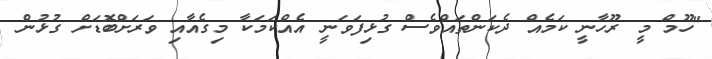
"ހޫމް މީ ރޫހާނީ ކަމެއް ދެކަންތައްވެސް ގުޅިފަވަނީ އެއްކަމަކާ މިގެއާއި ވަރަށްބޮޑަށް ގުޅުން